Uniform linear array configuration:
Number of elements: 16
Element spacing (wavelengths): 0.25
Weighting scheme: hamming
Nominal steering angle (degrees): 15
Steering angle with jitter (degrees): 16.149
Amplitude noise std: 0.05
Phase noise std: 0.05

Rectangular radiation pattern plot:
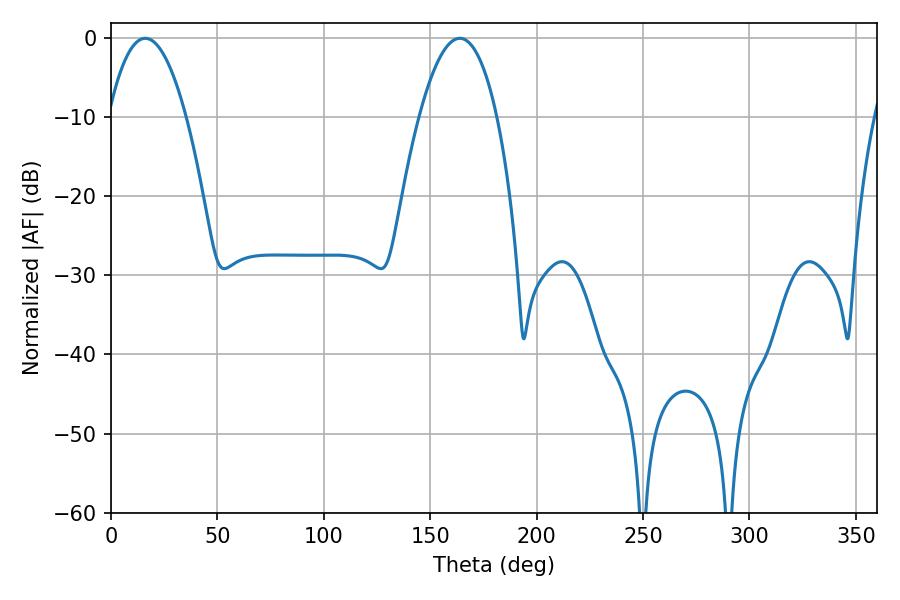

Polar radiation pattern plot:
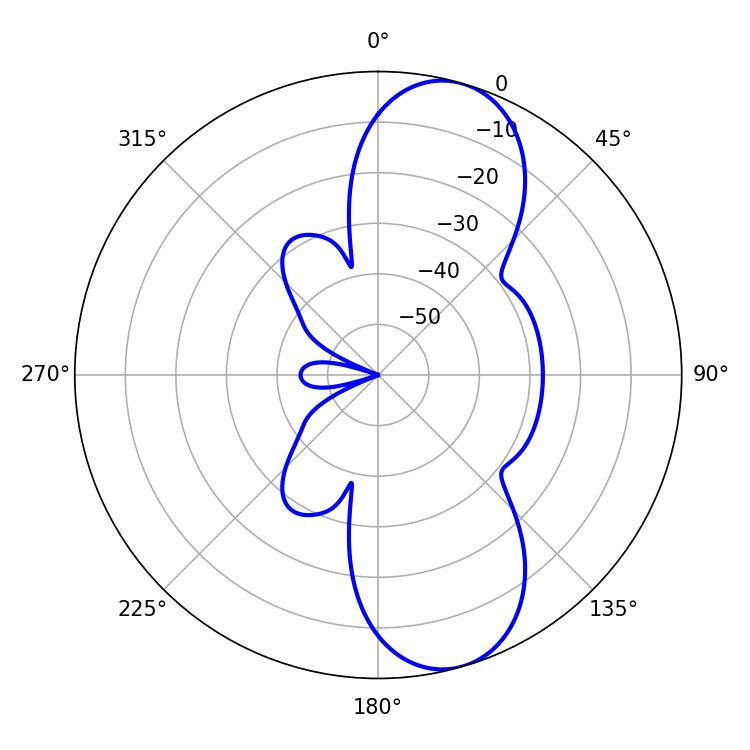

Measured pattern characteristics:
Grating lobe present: FALSE
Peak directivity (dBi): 9.677
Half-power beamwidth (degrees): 20.16
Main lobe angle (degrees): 16.02